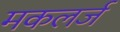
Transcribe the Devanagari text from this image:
मकलर्ज